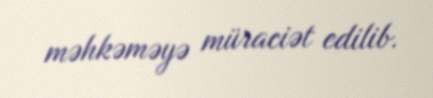
məhkəməyə müraciət edilib.